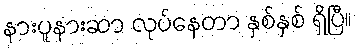
နားပူနားဆာ လုပ်နေတာ နှစ်နှစ် ရှိပြီ။